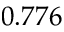
0 . 7 7 6